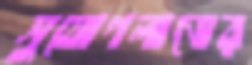
সুযোগলাভের